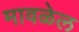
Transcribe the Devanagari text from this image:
मावळेल